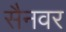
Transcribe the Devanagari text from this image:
सैनवर